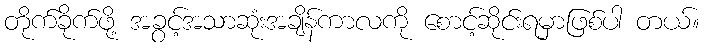
တိုက်ခိုက်ဖို့ အခွင့်အသာဆုံးအချိန်ကာလကို စောင့်ဆိုင်းရမှာဖြစ်ပါ တယ်။